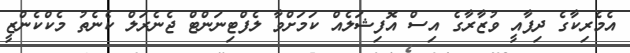
އެމެރިކާގެ ދިފާއީ ވުޒާރާގެ އިސް އޮފިޝަލެއް ކަމަށްވާ ލެފްޓިނަންޓް ޖެނެރަލް ކެނެތު މެކްކެންޒީ